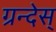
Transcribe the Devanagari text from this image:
ग्रन्देस्